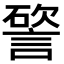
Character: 𥕔